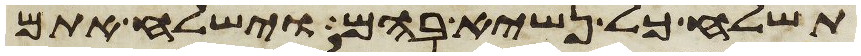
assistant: תשלח כל נשיא בהם וישלח אתם